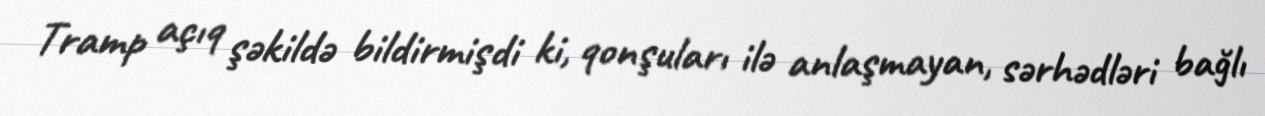
Tramp açıq şəkildə bildirmişdi ki, qonşuları ilə anlaşmayan, sərhədləri bağlı